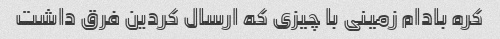
کره بادام زمینی با چیزی که ارسال کردین فرق داشت